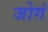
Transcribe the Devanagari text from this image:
जोगं